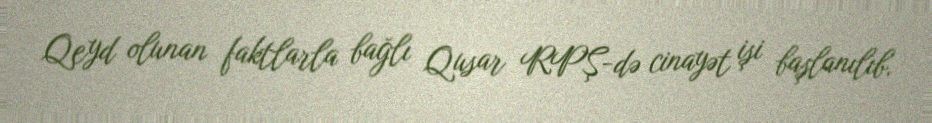
Qeyd olunan faktlarla bağlı Qusar RPŞ-də cinayət işi başlanılıb.